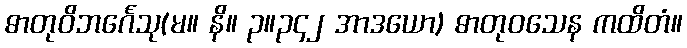
ဓာတုဝိဘင်္ဂေသု(မ။ နိ။ ၃။၃၄၂ အာဒယော) ဓာတုဝသေန ကထိတံ။